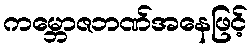
ကမ္ဘောဇဘဏ်အနေဖြင့်